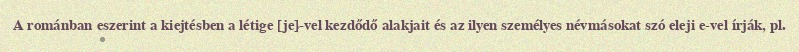
A románban eszerint a kiejtésben a létige [je]-vel kezdődő alakjait és az ilyen személyes névmásokat szó eleji e-vel írják, pl.